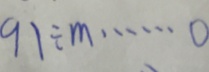
9 1 \div m \cdots 0